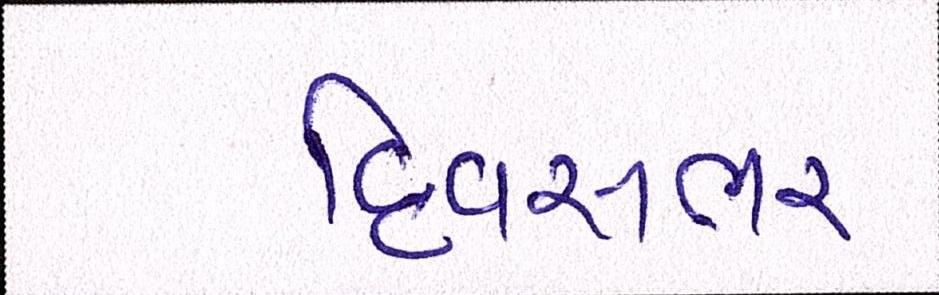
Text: દિવસભર